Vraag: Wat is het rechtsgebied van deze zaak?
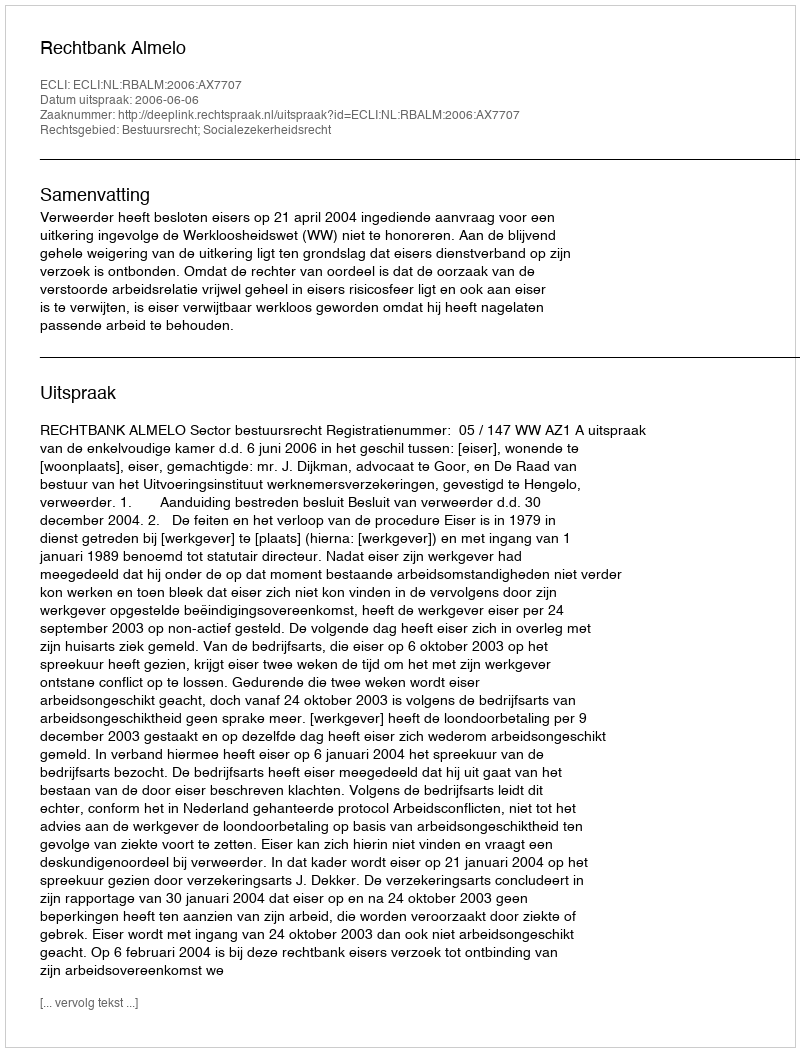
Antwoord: Bestuursrecht; Socialezekerheidsrecht